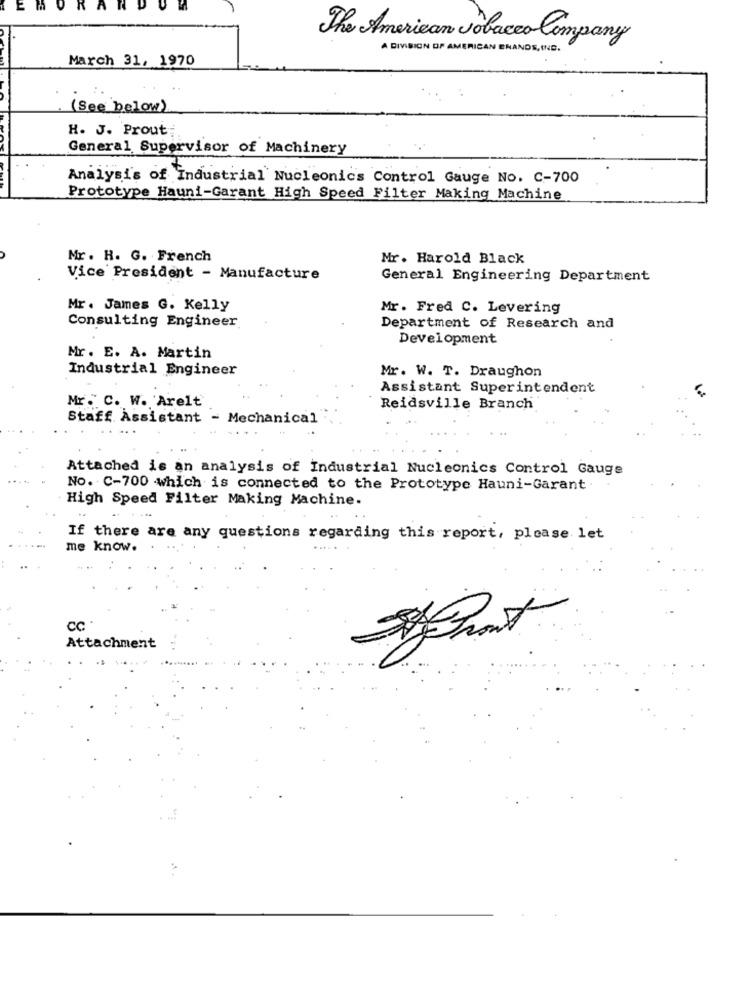
EMO
R
A
U
The American Tobacco Company
A DIVISION OF AMERICAN BRANDS, ING.
March 31, 1970
(See below)
H. J. Prout
General Supervisor of Machinery
Analysis of Industrial Nucleonics Control Gauge No. C-700
Prototype Hauni-Garant High Speed Filter Making Machine
Mr. H. G. French
Mr. Harold Black
Vice President - Manufacture
General Engineering Department
Mr. James G. Kelly
Mr. Fred C. Levering
Consulting Engineer
Department of Research and
Development
Mr. E. A. Martin
Industrial Engineer
Mr. W. T. Draughon
Assistant Superintendent
Mr. C. W. Arelt
Reidsville Branch
Staff Assistant - Mechanical ,
Attached is an analysis of Industrial Nucleonics Control Gauge
No. C-700 which is connected to the Prototype Hauni-Garant.
High Speed Filter Making Machine.
If there are any questions regarding this report, please let
me know.
CC
1 .
Attachment